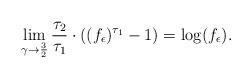
LaTeX: \begin{align*}\lim\limits_{\gamma\to\frac{3}{2}}\frac{\tau_2}{\tau_1}\cdot ((f_{\epsilon})^{\tau_1}-1)=\log (f_{\epsilon}).\end{align*}